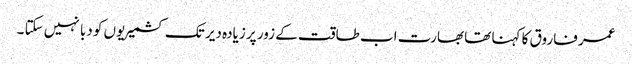
عمر فاروق کا کہنا تھا بھارت اب طاقت کے زور پر زیادہ دیر تک کشمیریوں کو دبا نہیں سکتا ۔